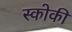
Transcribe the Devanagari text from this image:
स्कोकी